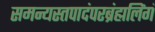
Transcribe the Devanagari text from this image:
समन्यस्तपादंपरब्रंह्मलिंगं